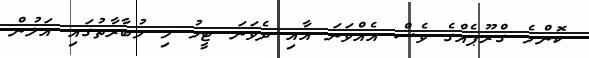
ކޮންމެ ގްރޫޕެއްގެ ވެސް އެއްވަނަ އާއި ދެވަނަ ޓީމު މި މުބާރާތުގައި އަލުން